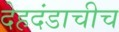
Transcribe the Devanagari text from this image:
देहदंडाचीच